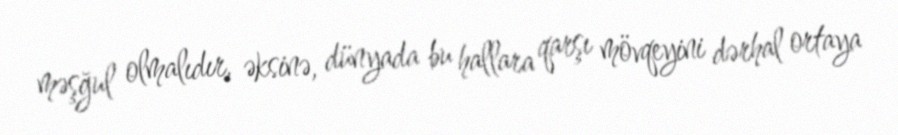
məşğul olmalıdır, əksinə, dünyada bu hallara qarşı mövqeyini dərhal ortaya